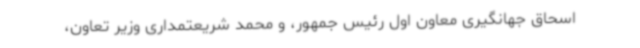
اسحاق جهانگیری معاون اول رئیس جمهور، و محمد شریعتمداری وزیر تعاون،